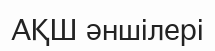
АҚШ әншілері